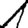
Digit: 1